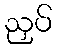
ညှပ်